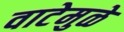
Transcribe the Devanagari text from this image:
वाटेमुळे